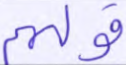
قولهم